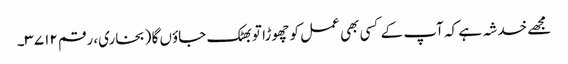
مجھے خدشہ ہے کہ آپ کے کسی بھی عمل کو چھوڑا تو بھٹک جاؤں گا (بخاری، رقم ۳۷۱۲۔